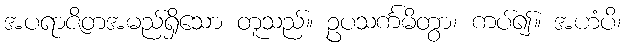
အပရာဇိတအမည်ရှိသော တူသည်။ ဥပသင်္ကမိတွာ၊ ကပ်၍။ အဟံပိ၊